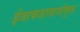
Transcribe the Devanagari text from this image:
ईजाफजालाजोकुल